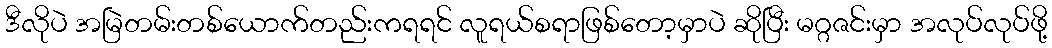
ဒီလိုပဲ အမြဲတမ်းတစ်ယောက်တည်းကရရင် လူရယ်စရာဖြစ်တော့မှာပဲ ဆိုပြီး မဂ္ဂဇင်းမှာ အလုပ်လုပ်ဖို့